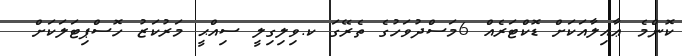
ކޮންމެ ޢާއިލާއަކަށް ޑޮކްޓަރެއް 6މަސްދުވަހުގެ ތެރޭގަ ކ.ވިލިގިލީ ސިއްޙީ މަރުކަޒު ހޮސްޕިޓަލަކަށް